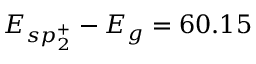
E _ { s p _ { 2 } ^ { + } } - E _ { g } = 6 0 . 1 5